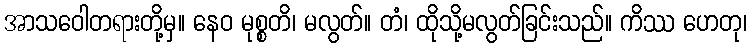
အာသဝေါတရားတို့မှ။ နေဝ မုစ္စတိ၊ မလွတ်။ တံ၊ ထိုသို့မလွတ်ခြင်းသည်။ ကိဿ ဟေတု၊